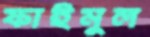
ফাইমুল